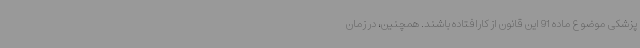
پزشکی موضوع ماده 91 این قانون از کارافتاده باشند. همچنین، در زمان